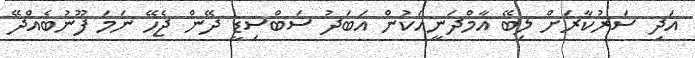
އަދި ސަރުކާރަށް ލިބޭ އާމްދަނީއަކުން އަބަދު ސަބްސިޑީ ދޭން ޖެހޭ ނަމަ ފޫނުބެއްދޭ